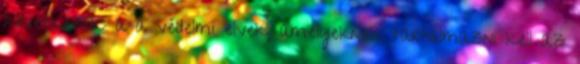
következõk: a a védelmi elvek, amelyeknek tartalmazni kell az